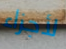
لأجزاء